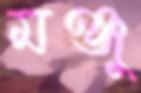
মঞ্জু